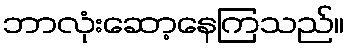
ဘာလုံးဆော့နေကြသည်။